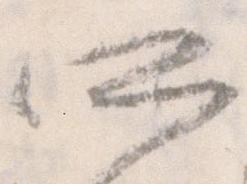
所